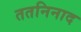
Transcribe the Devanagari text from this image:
ततनिनाद